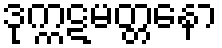
ဒုက္ကဋမတ္တနော